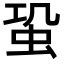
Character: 𧉨